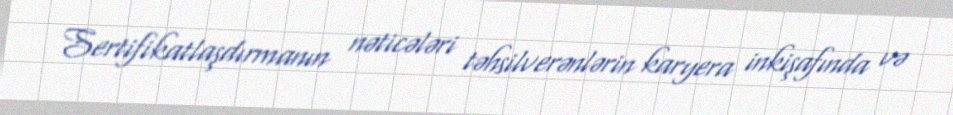
Sertifikatlaşdırmanın nəticələri təhsilverənlərin karyera inkişafında və